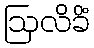
ဩလိခိံ